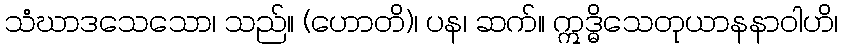
သံဃာဒသေသော၊ သည်။ (ဟောတိ)၊ ပန၊ ဆက်။ ဣဒ္ဓိသေတုယာနနာဝါဟိ၊